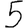
Digit: 5